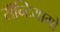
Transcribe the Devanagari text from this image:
सॅन्टियागो